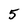
Character: 5